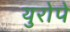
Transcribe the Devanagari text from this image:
युरोपे